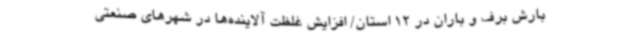
بارش برف و باران در 12 استان/ افزایش غلظت آلاینده‌ها در شهرهای صنعتی